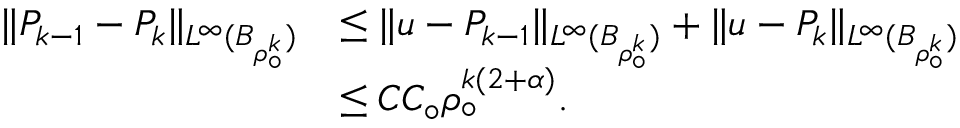
\begin{array} { r l } { \| P _ { k - 1 } - P _ { k } \| _ { L ^ { \infty } ( B _ { \rho _ { \circ } ^ { k } } ) } } & { \leq \| u - P _ { k - 1 } \| _ { L ^ { \infty } ( B _ { \rho _ { \circ } ^ { k } } ) } + \| u - P _ { k } \| _ { L ^ { \infty } ( B _ { \rho _ { \circ } ^ { k } } ) } } \\ & { \leq C C _ { \circ } \rho _ { \circ } ^ { k ( 2 + \alpha ) } . } \end{array}